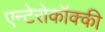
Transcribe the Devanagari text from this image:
एन्टेरोकॉक्की